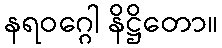
နရဝဂ္ဂေါ နိဋ္ဌိတော။